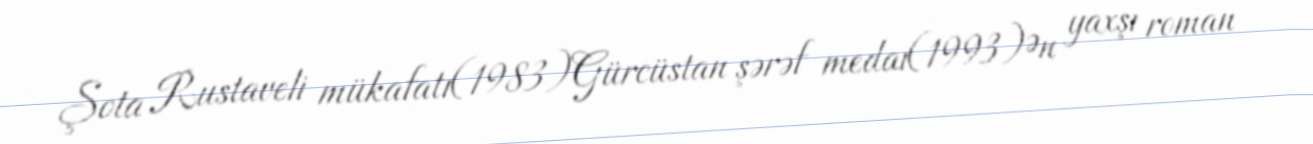
Şota Rustaveli mükafatı(1983)Gürcüstan şərəf medaı(1993)Ən yaxşı roman